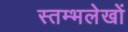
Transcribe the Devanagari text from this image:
स्तम्भलेखों